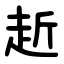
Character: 赾